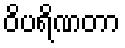
ဝိပရိဏတာ